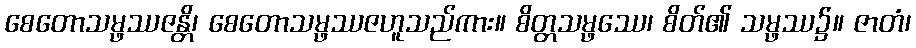
စေတောသမ္ဖဿဇန္တိ၊ စေတောသမ္ဖဿဇဟူသည်ကား။ စိတ္တသမ္ဖဿေ၊ စိတ်၏ သမ္ဖဿ၌။ ဇာတံ၊